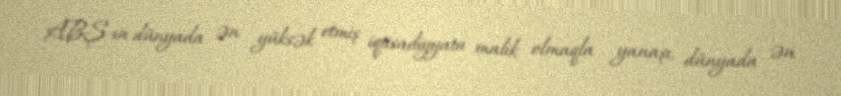
ABŞ-ın dünyada ən yüksək etmiş iqtisadiyyata malik olmaqla yanaşı, dünyada ən